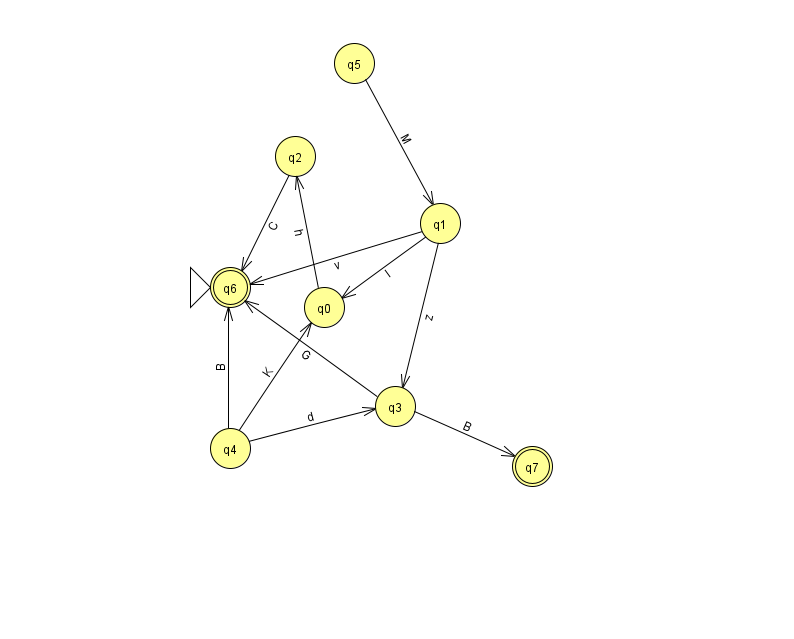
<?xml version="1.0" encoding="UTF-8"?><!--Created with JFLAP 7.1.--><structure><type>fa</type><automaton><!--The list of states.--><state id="0" name="q0"><x>324.0</x><y>294.0</y></state><state id="1" name="q1"><x>440.0</x><y>210.0</y></state><state id="2" name="q2"><x>295.0</x><y>143.0</y></state><state id="3" name="q3"><x>395.0</x><y>393.0</y></state><state id="4" name="q4"><x>230.0</x><y>435.0</y></state><state id="5" name="q5"><x>354.0</x><y>50.0</y></state><state id="6" name="q6"><x>230.0</x><y>274.0</y><initial/><final/></state><state id="7" name="q7"><x>532.0</x><y>453.0</y><final/></state><!--The list of transitions.--><transition><from>0</from><to>2</to><read>h</read></transition><transition><from>1</from><to>6</to><read>v</read></transition><transition><from>5</from><to>1</to><read>M</read></transition><transition><from>3</from><to>7</to><read>B</read></transition><transition><from>1</from><to>3</to><read>z</read></transition><transition><from>4</from><to>6</to><read>B</read></transition><transition><from>2</from><to>6</to><read>C</read></transition><transition><from>4</from><to>3</to><read>d</read></transition><transition><from>3</from><to>6</to><read>G</read></transition><transition><from>4</from><to>0</to><read>K</read></transition><transition><from>1</from><to>0</to><read>I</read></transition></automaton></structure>